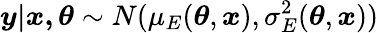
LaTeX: \boldsymbol{y|\boldsymbol{x},\theta}\sim N(\mu_{E}(\boldsymbol{\theta},\boldsymbol{x}),\sigma_{E}^{2}(\boldsymbol{\theta},\boldsymbol{x}))